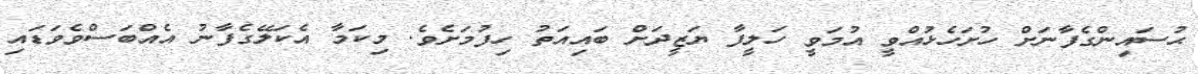
ޙުސައިންގެފާނަށް ހުށަހެޅުއްވީ އުމަވީ ހަލީފާ ޔަޒީދަށް ބައިއަތު ހިފުމަށެވެ. މިކަމާ އެކަލޭގެފާނު އެއްބަސްވެވަޑައި